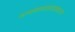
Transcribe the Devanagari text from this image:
गायकवाडवाड्यात